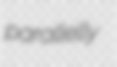
parallelly